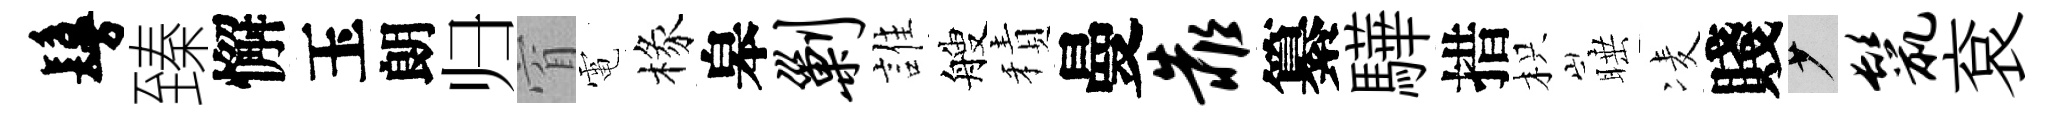
鬘臻懈玉朗归窅電椽皋剿誰艘積曼靠纂驊措枳睡凌賤少鬣袞